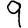
Digit: 9